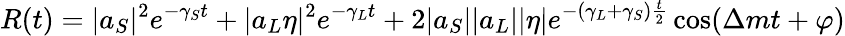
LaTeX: R(t)=|a_{S}|^{2}e^{-\gamma_{S}t}+|a_{L}\eta|^{2}e^{-\gamma_{L}t}+2|a_{S}||a_{L}||\eta|e^{-(\gamma_{L}+\gamma_{S}){\frac{t}{2}}}\cos(\Delta mt+\varphi)